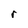
Character: r